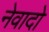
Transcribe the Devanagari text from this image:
नेवादो